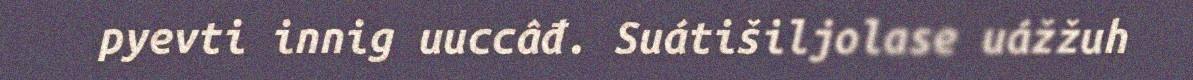
pyevti innig uuccâđ. Suátišiljolase uážžuh